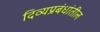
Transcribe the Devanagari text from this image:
दिव्यप्रबंधांतील